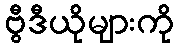
ဗွီဒီယိုများကို